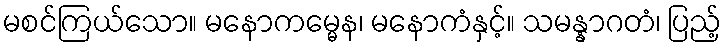
မစင်ကြယ်သော။ မနောကမ္မေန၊ မနောကံနှင့်။ သမန္နာဂတံ၊ ပြည့်